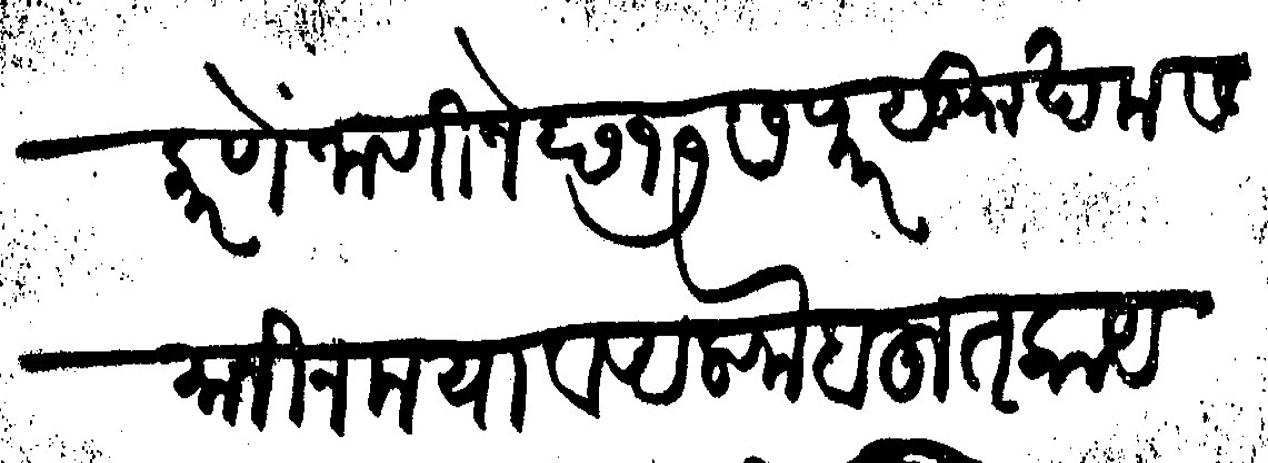
Transliteration (Devanagari): करणे जाणिजे छ १७ सफर सुग खमस मानीन मया व अलफ बहुत काय